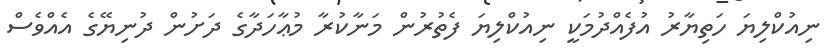
ނިއުކްލިޔަ ހަތިޔާރު އުފެއްދުމަކީ ނިއުކްލިޔަ ފެތުރުން މަނާކުރާ މުޢާހަދާގެ ދަށުން ދުނިޔޭގެ އެއްވެސް